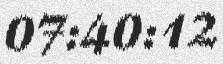
07:40:12